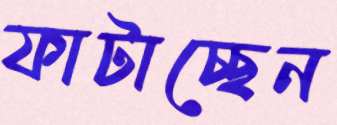
ফাটাচ্ছেন